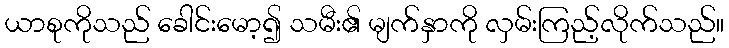
ယာစုကိုသည် ခေါင်းမော့၍ သမီး၏ မျက်နှာကို လှမ်းကြည့်လိုက်သည်။